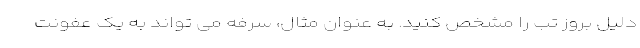
دلیل بروز تب را مشخص کنید. به عنوان مثال، سرفه می تواند به یک عفونت